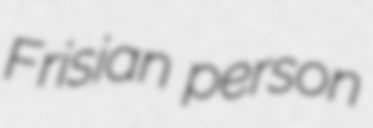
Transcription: Frisian person